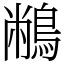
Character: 䳤